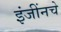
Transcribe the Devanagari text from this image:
इंजींनचे